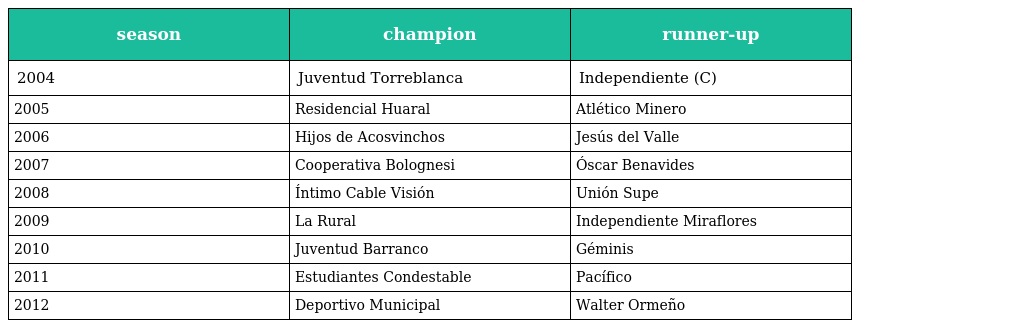
| season | champion | runner-up |
 | --- | --- | --- |
 | 2004 | Juventud Torreblanca | Independiente (C) |
 | 2005 | Residencial Huaral | Atlético Minero |
 | 2006 | Hijos de Acosvinchos | Jesús del Valle |
 | 2007 | Cooperativa Bolognesi | Óscar Benavides |
 | 2008 | Íntimo Cable Visión | Unión Supe |
 | 2009 | La Rural | Independiente Miraflores |
 | 2010 | Juventud Barranco | Géminis |
 | 2011 | Estudiantes Condestable | Pacífico |
 | 2012 | Deportivo Municipal | Walter Ormeño |